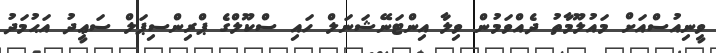
ވީނިއުސްއަށް މައުލޫމާތު ދެއްވަމުން ވިލާ އިންޓަނޭޝަނަލް ހައި ސްކޫލްގެ ޕްރިންސިޕަލް ސަޢީދު އަޙުމަދު